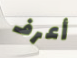
أعرف